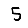
Digit: 5